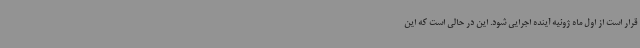
قرار است از اول ماه ژوئیه آینده اجرایی شود. این در حالی است که این